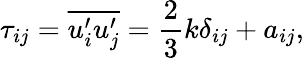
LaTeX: \tau_{ij}=\overline{{u_{i}^{\prime}u_{j}^{\prime}}}=\frac{2}{3}k\delta_{ij}+a_{ij},